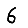
Digit: 6